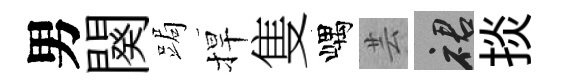
男闋跼捍隻嵎芸裙掞